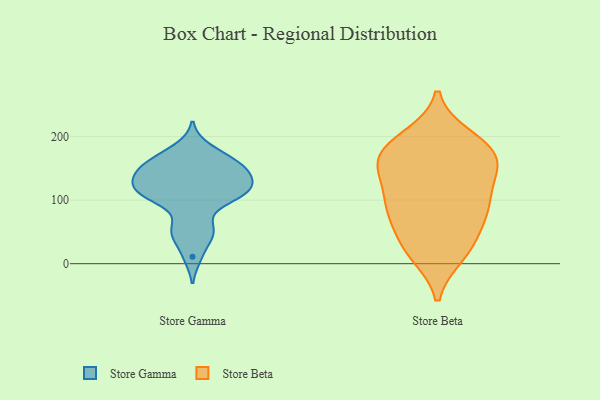
{"axis": {"x": "Waste Production (Tons)", "y": "Value"}, "legend": ["Store Beta", "Store Gamma"], "data": [{"x": "", "y": 182, "type": "Store Gamma"}, {"x": "", "y": 147, "type": "Store Gamma"}, {"x": "", "y": 138, "type": "Store Gamma"}, {"x": "", "y": 132, "type": "Store Gamma"}, {"x": "", "y": 45, "type": "Store Gamma"}, {"x": "", "y": 160, "type": "Store Gamma"}, {"x": "", "y": 166, "type": "Store Gamma"}, {"x": "", "y": 115, "type": "Store Gamma"}, {"x": "", "y": 112, "type": "Store Gamma"}, {"x": "", "y": 118, "type": "Store Gamma"}, {"x": "", "y": 49, "type": "Store Gamma"}, {"x": "", "y": 130, "type": "Store Gamma"}, {"x": "", "y": 111, "type": "Store Gamma"}, {"x": "", "y": 159, "type": "Store Gamma"}, {"x": "", "y": 11, "type": "Store Gamma"}, {"x": "", "y": 148, "type": "Store Gamma"}, {"x": "", "y": 100, "type": "Store Gamma"}, {"x": "", "y": 59, "type": "Store Gamma"}, {"x": "", "y": 102, "type": "Store Gamma"}, {"x": "", "y": 30, "type": "Store Beta"}, {"x": "", "y": 16, "type": "Store Beta"}, {"x": "", "y": 83, "type": "Store Beta"}, {"x": "", "y": 176, "type": "Store Beta"}, {"x": "", "y": 184, "type": "Store Beta"}, {"x": "", "y": 90, "type": "Store Beta"}, {"x": "", "y": 145, "type": "Store Beta"}, {"x": "", "y": 121, "type": "Store Beta"}, {"x": "", "y": 192, "type": "Store Beta"}, {"x": "", "y": 165, "type": "Store Beta"}, {"x": "", "y": 151, "type": "Store Beta"}, {"x": "", "y": 14, "type": "Store Beta"}, {"x": "", "y": 92, "type": "Store Beta"}, {"x": "", "y": 166, "type": "Store Beta"}, {"x": "", "y": 77, "type": "Store Beta"}, {"x": "", "y": 39, "type": "Store Beta"}, {"x": "", "y": 87, "type": "Store Beta"}, {"x": "", "y": 144, "type": "Store Beta"}, {"x": "", "y": 199, "type": "Store Beta"}]}